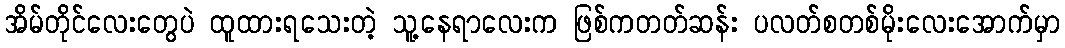
အိမ်တိုင်လေးတွေပဲ ထူထားရသေးတဲ့ သူ့နေရာလေးက ဖြစ်ကတတ်ဆန်း ပလတ်စတစ်မိုးလေးအောက်မှာ